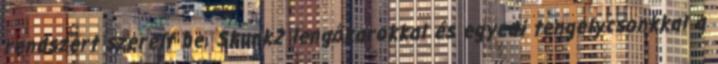
rendszert szerelt be, Skunk2 lengőkarokkal és egyedi tengelycsonkkal a